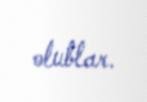
olublar.